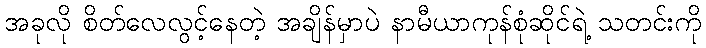
အခုလို စိတ်လေလွင့်နေတဲ့ အချိန်မှာပဲ နာမီယာကုန်စုံဆိုင်ရဲ့ သတင်းကို